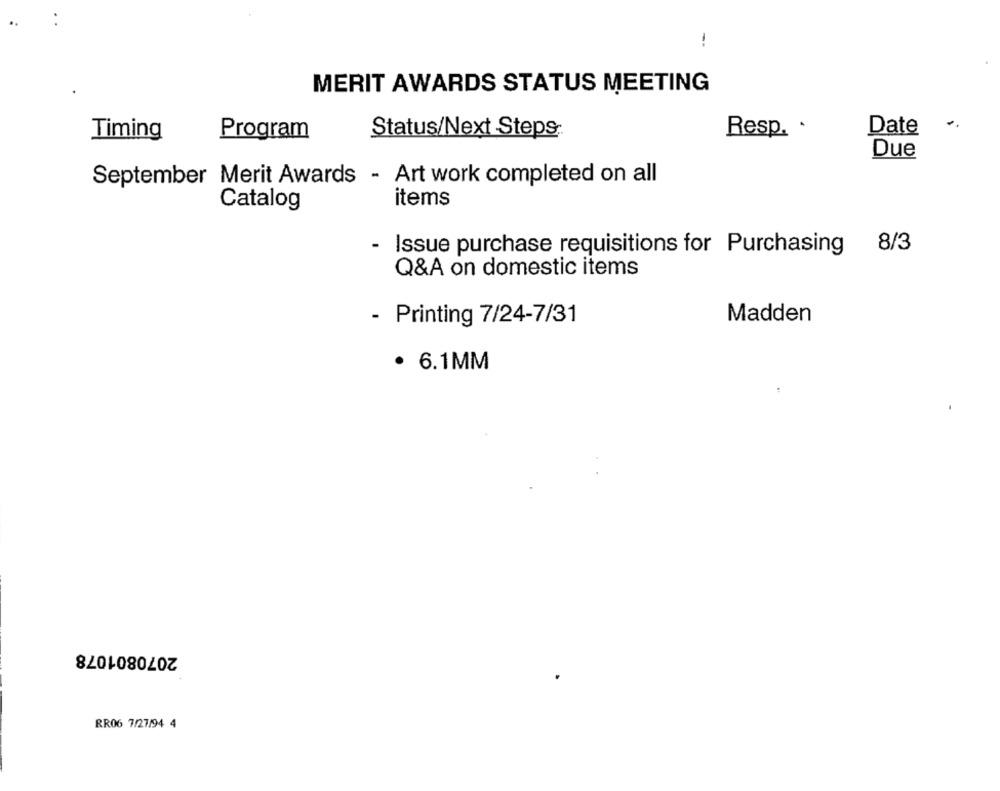
--
MERIT AWARDS STATUS MEETING
Program
Status/Next Steps
Resp. .
Date
Timing
Due
September Merit Awards - Art work completed on all
Catalog
items
Issue purchase requisitions for Purchasing
8/3
Q&A on domestic items
- Printing 7/24-7/31
Madden
· 6.1MM
2070801078
RR06 7/27/94 4